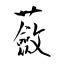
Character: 蘞